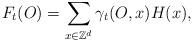
LaTeX: \begin{align*}F_t(O)=\sum_{x\in \mathbb{Z}^d}\gamma_t(O,x)H(x),\end{align*}